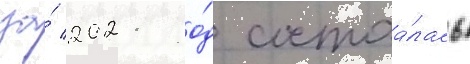
за́ 2021 го́д состоа́лась